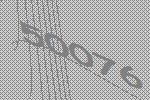
50076